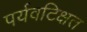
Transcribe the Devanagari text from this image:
पर्यवटिक्षत